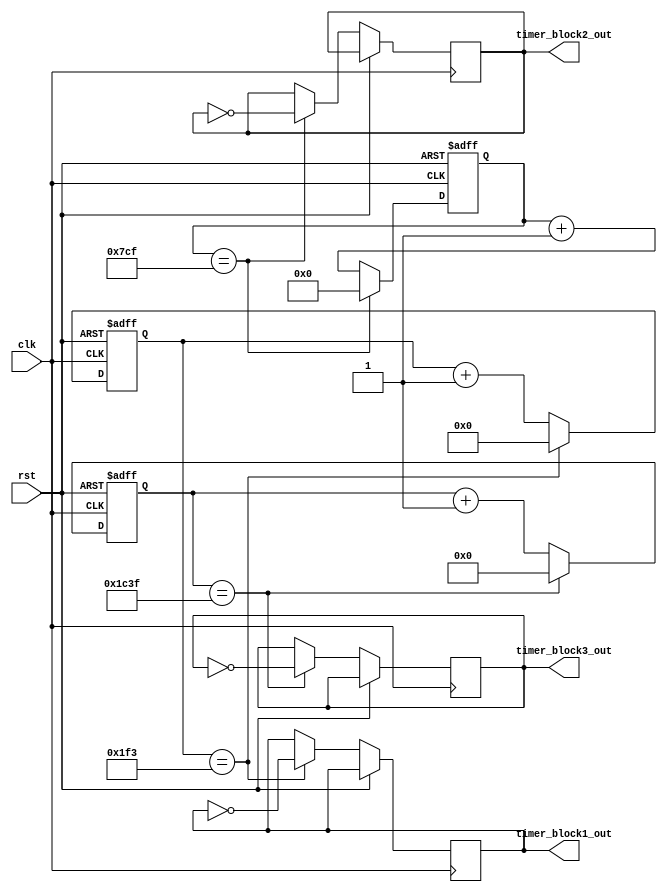
module Multirate_Timer(
    input clk,
    input rst,
    output reg timer_block1_out,
    output reg timer_block2_out,
    output reg timer_block3_out
);

reg [9:0] counter1;
reg [11:0] counter2;
reg [13:0] counter3;

always @(posedge clk or posedge rst) begin
    if (rst) begin
        counter1 <= 10'b0;
        counter2 <= 12'b0;
        counter3 <= 14'b0;
    end else begin
        if (counter1 == 10'd499) begin
            counter1 <= 10'd0;
            timer_block1_out <= ~timer_block1_out;
        end else begin
            counter1 <= counter1 + 1;
        end
        
        if (counter2 == 12'd1999) begin
            counter2 <= 12'd0;
            timer_block2_out <= ~timer_block2_out;
        end else begin
            counter2 <= counter2 + 1;
        end
        
        if (counter3 == 14'd39999) begin
            counter3 <= 14'd0;
            timer_block3_out <= ~timer_block3_out;
        end else begin
            counter3 <= counter3 + 1;
        end
    end
end

endmodule